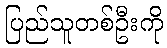
ပြည်သူတစ်ဦးကို